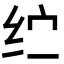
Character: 纻